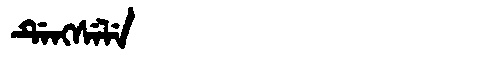
Manchu: ᡩᡝᠩᠰᡝᠯᡝ
Romanization: DENGSELE